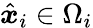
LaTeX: \hat{\boldsymbol{x}}_{i}\in\Omega_{i}